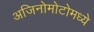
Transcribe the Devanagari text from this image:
अजिनोमोटोमध्ये